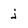
Character: j